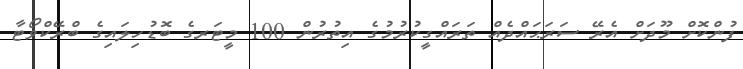
ފުންކޮށް މޫދަށް އެރޭ ސަރަޙައްދެއް ތަރައްގީކުރުމުގެ އިތުރުން 100 މީޓަރގެ ބޮޑުހިލައިގެ ބްރޭކްވޯޓާ